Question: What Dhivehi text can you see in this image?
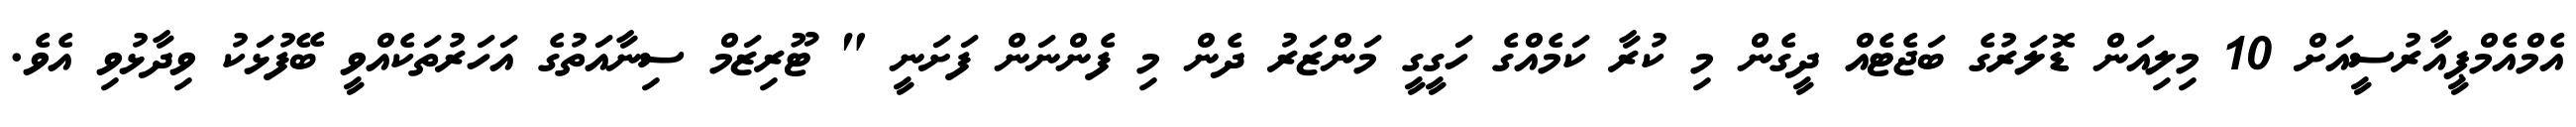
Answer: އެމްއެމްޕީއާރުސީއަށް 10 މިލިއަން ޑޮލަރުގެ ބަޖެޓެއް ދީގެން މި ކުރާ ކަމެއްގެ ހަގީގީ މަންޒަރު ދެން މި ފެންނަން ފަށަނީ " ޓޫރިޒަމް ސިނާއަތުގެ އަހަރުތަކެއްވީ ބޭފުޅަކު ވިދާޅުވި އެވެ.